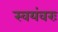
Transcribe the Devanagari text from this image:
स्वयंवरः